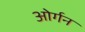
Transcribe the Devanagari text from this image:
ओर्गन